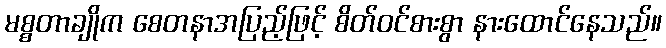
မစ္စတာချိုက စေတနာအပြည့်ဖြင့် စိတ်ဝင်စားစွာ နားထောင်နေသည်။